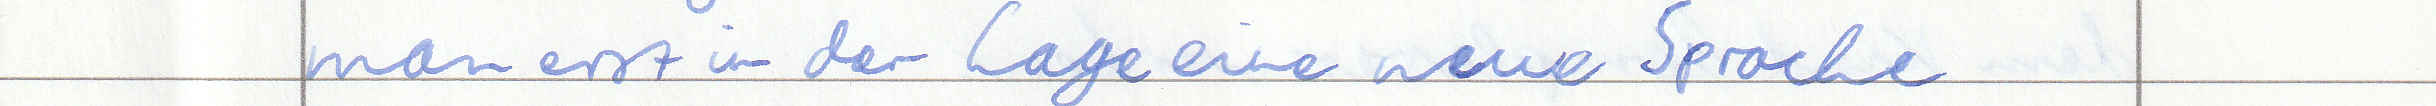
man erst in der Lage eine neue Sprache